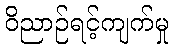
ဝိညာဉ်ရင့်ကျက်မှု